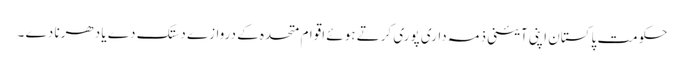
حکومت پاکستان اپنی آئینی ذمہ داری پوری کرتے ہوئے اقوام متحدہ کے دروازے دستک دے یا دھرنا دے ۔